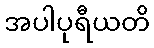
အပါပုရီယတိ